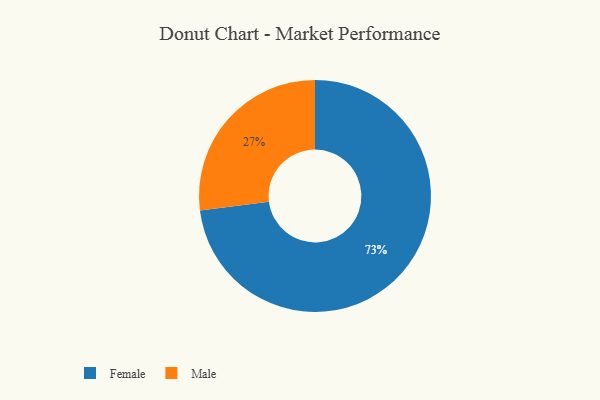
{"axis": {"x": "Category", "y": "Percentage"}, "legend": ["Female", "Male"], "data": [{"x": "Male", "y": 27, "type": "Male"}, {"x": "Female", "y": 73, "type": "Female"}]}